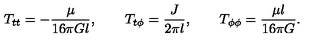
T _ { t t } = - \frac { \mu } { 1 6 \pi G l } , \qquad T _ { t \phi } = \frac { J } { 2 \pi l } , \qquad T _ { \phi \phi } = \frac { \mu l } { 1 6 \pi G } .